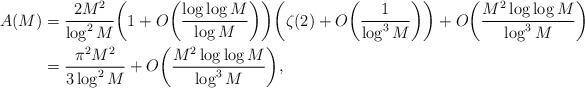
LaTeX: \begin{align*}A(M) &= \frac{2M^2}{\log^2M} \bigg(1 + O\bigg( \frac{\log\log M}{\log M} \bigg) \bigg) \bigg( \zeta(2) + O\bigg( \frac1{\log^3M} \bigg) \bigg) + O\bigg( \frac{M^2\log\log M}{\log^3M} \bigg) \\&= \frac{\pi^2M^2}{3\log^2M} + O\bigg( \frac{M^2\log\log M}{\log^3M} \bigg),\end{align*}